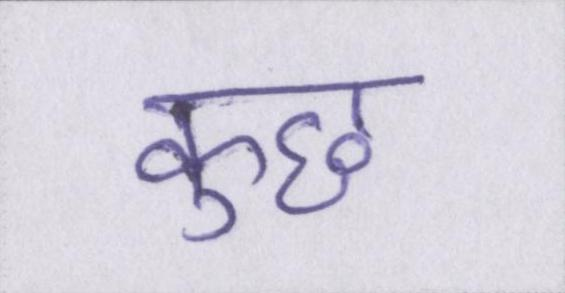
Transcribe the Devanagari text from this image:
कुछ